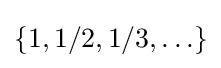
\left\{1,1/2,1/3,\ldots \right\}